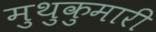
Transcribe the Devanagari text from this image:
मुथुकुमारी